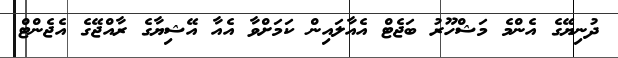
ދުނިޔޭގެ އެންމެ މަޝްހޫރު ބަޖެޓް އެއާލައިން ކަމަށްވާ އެއާ އޭޝިޔާގެ ރާއްޖޭގެ އެޖެންޓް